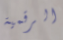
الرقمية